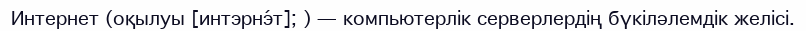
Интернет (оқылуы [интэрнэ́т]; ) — компьютерлік серверлердің бүкіләлемдік желісі.